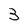
Character: 3